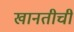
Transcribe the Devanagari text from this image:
खानतीची